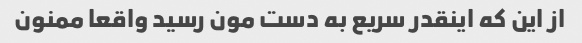
از این که اینقدر سریع به دست مون رسید واقعا ممنون